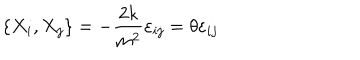
\left\{ X _ { i } , X _ { j } \right\} = - \frac { 2 k } { m ^ { 2 } } \varepsilon _ { i j } = \theta \varepsilon _ { i j }